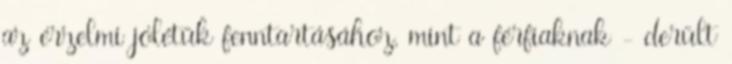
az érzelmi jólétük fenntartásához, mint a férfiaknak - derült